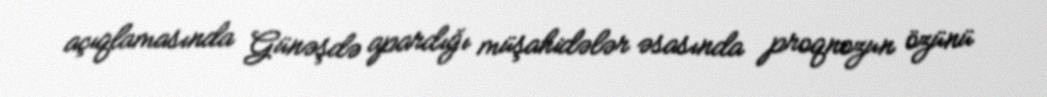
açıqlamasında Günəşdə apardığı müşahidələr əsasında proqnozun özünü